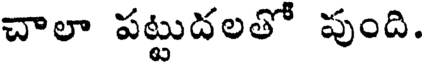
చాలా పట్టుదలతో పుంది.